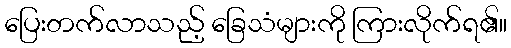
ပြေးတက်လာသည့် ခြေသံများကို ကြားလိုက်ရ၏။